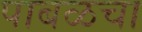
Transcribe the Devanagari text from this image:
पाबळचा